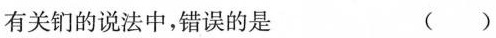
有关们的说法中，错误的是 ()